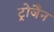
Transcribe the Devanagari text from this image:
ट्रोजैन